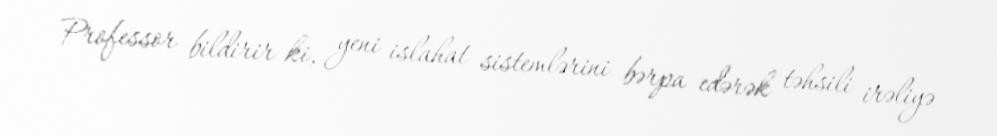
Professor bildirir ki, yeni islahat sistemlərini bərpa edərək təhsili irəliyə